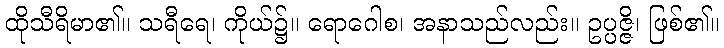
ထိုသီရိမာ၏။ သရီရေ၊ ကိုယ်၌။ ရောဂေါစ၊ အနာသည်လည်း။ ဥပ္ပဇ္ဇိ၊ ဖြစ်၏။